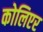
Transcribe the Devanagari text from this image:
कोलिएर